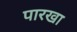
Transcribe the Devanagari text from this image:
पारखा